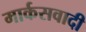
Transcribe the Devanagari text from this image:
मार्कसवादी